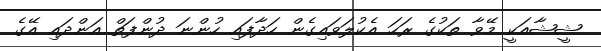
ޝީޝާއަކީ މޭވާ ތަކުގެ ރަހަ އެކުލަވައިގެން ހަދާފައި ހުންނަ ދުންފަތް އަންދައި އޭގެ